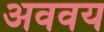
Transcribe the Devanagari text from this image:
अववय